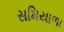
સમિયાળા